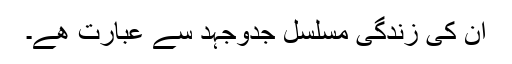
ان کی زندگی مسلسل جدوجہد سے عبارت ھے۔